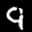
Label: 9